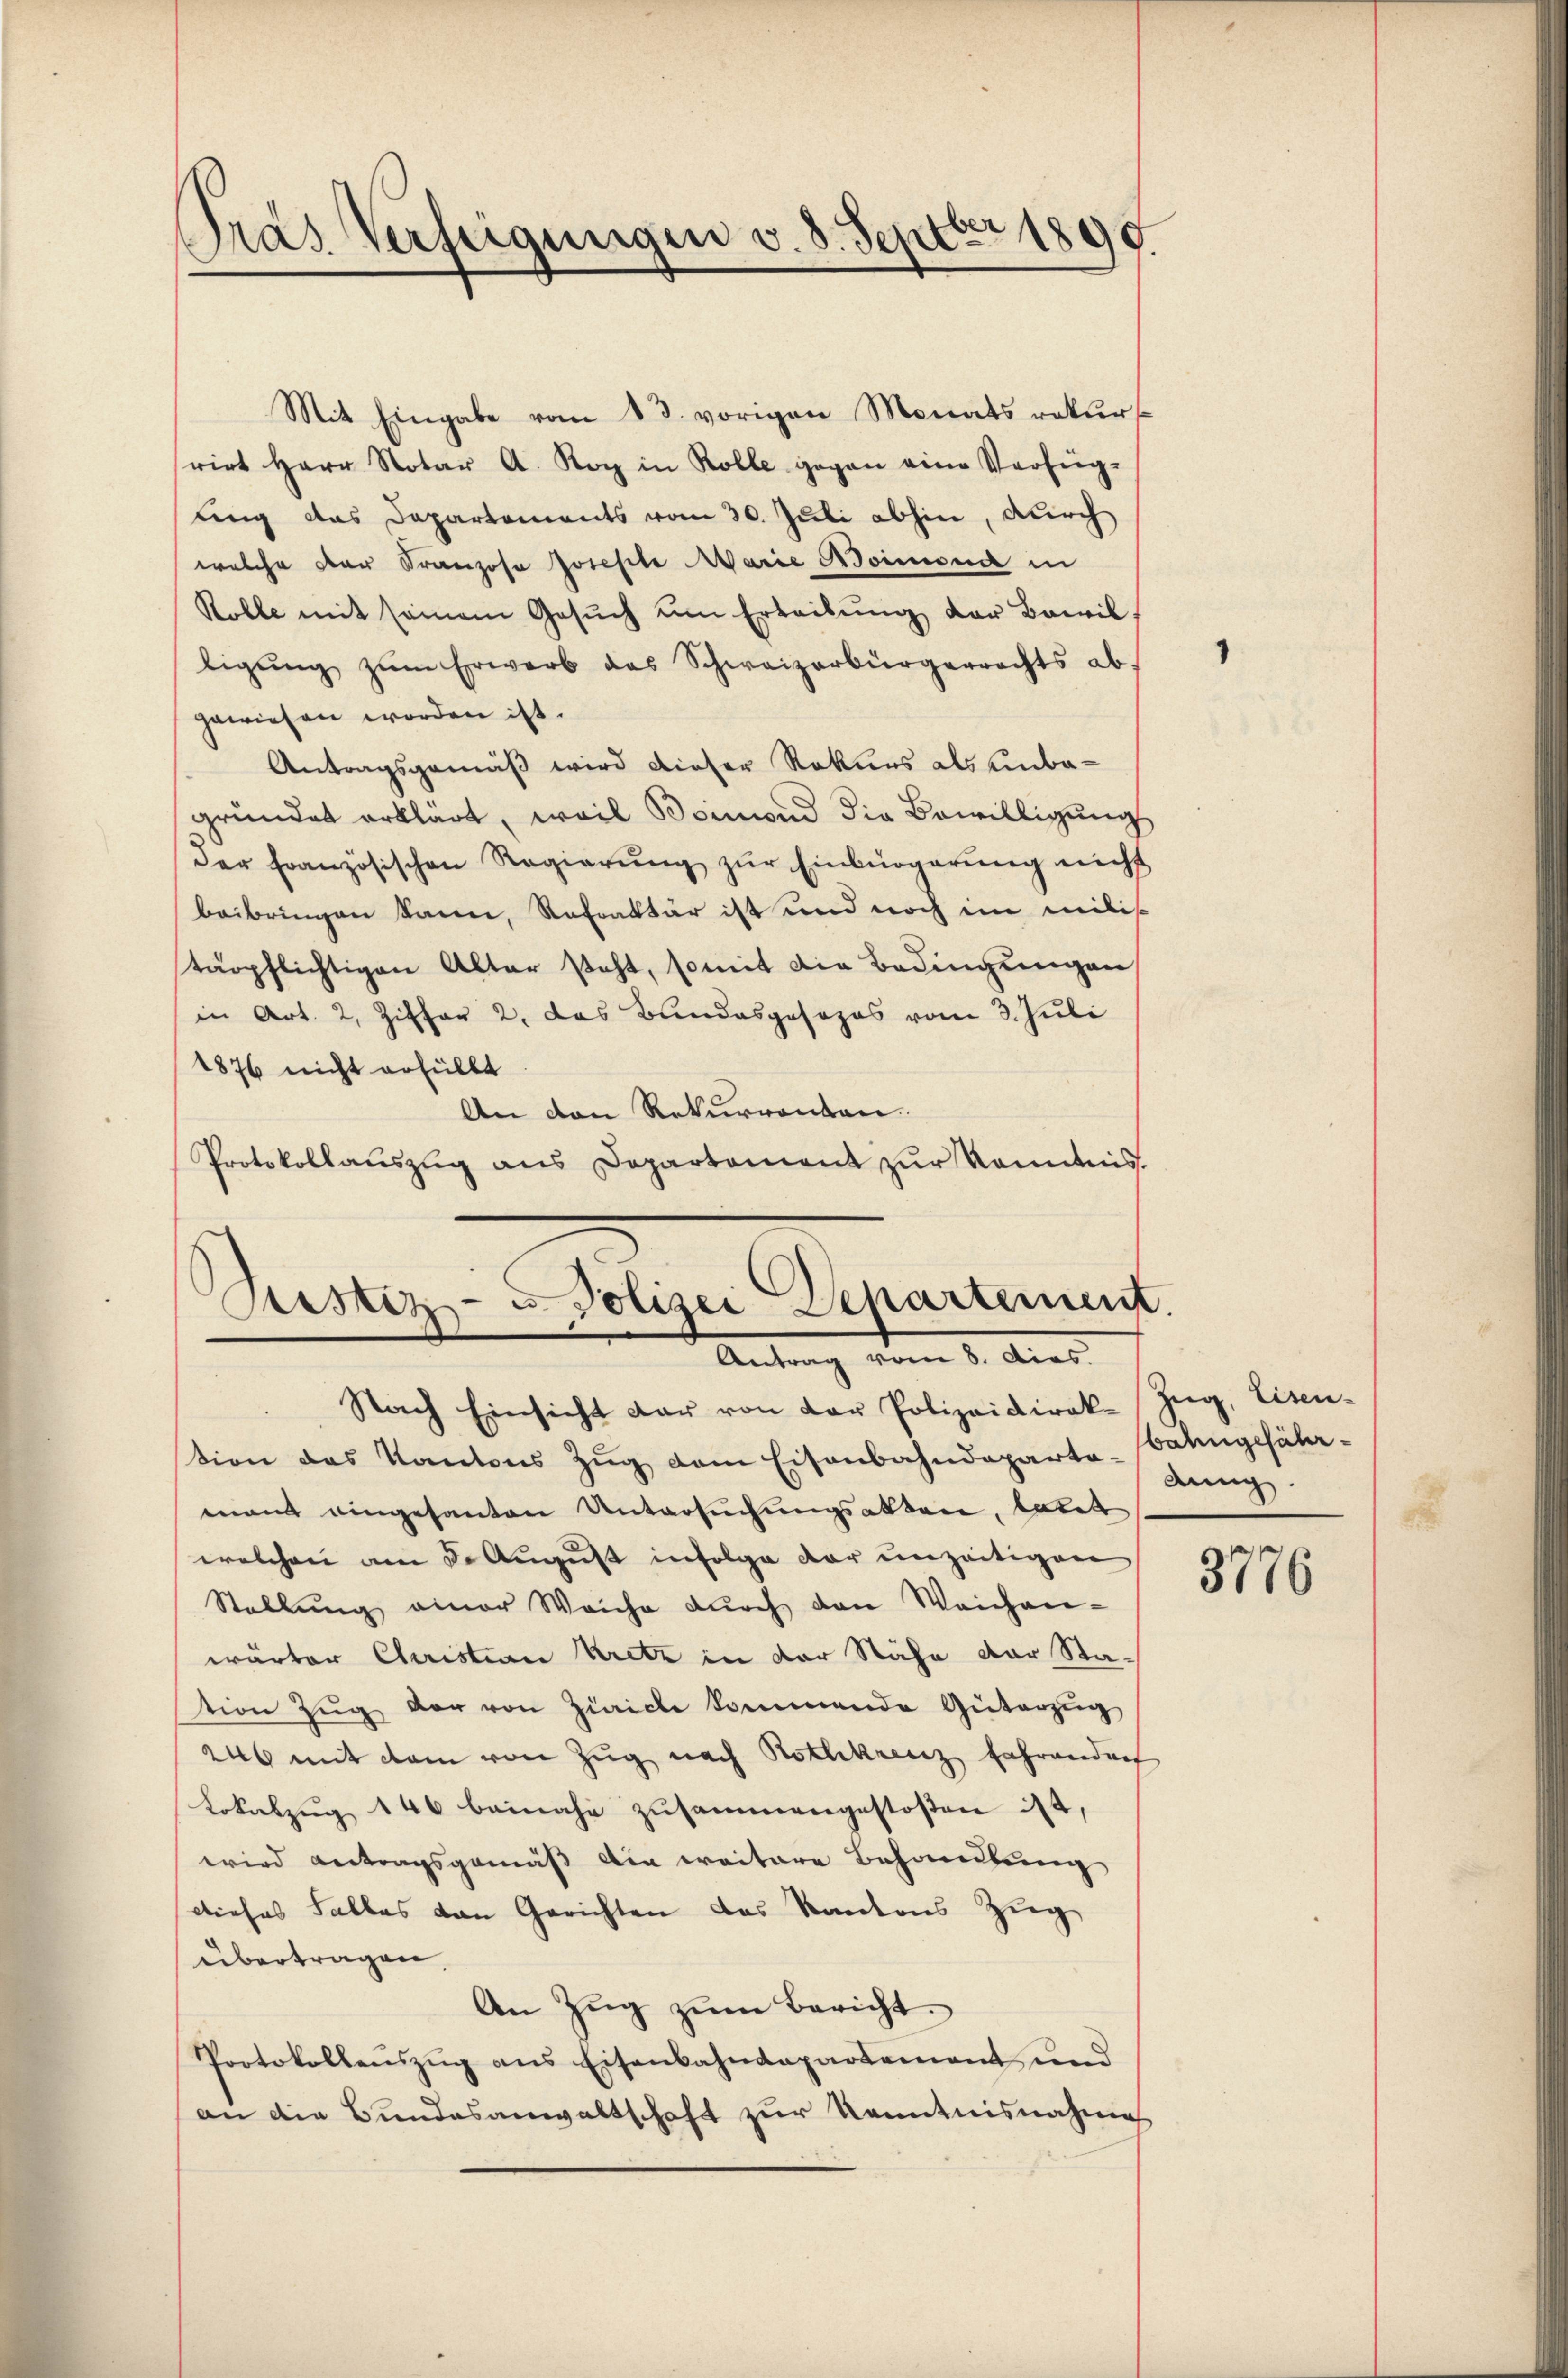
Dras Verfügungen v. 8. Septbr 1890.

Mit Eingabe vom 13. vorigen Monats rekurrirt Herr Notar A. Kopp in Kolle gegen eine Verfüg-
ling das Departements vom 30. Juli abhin, durch
welche der Franzosa Joseste Marie Boimona in
Rolle mit seinem Gesŭch ŭm Erteilŭng der Bewilligŭng zŭm Erwarb das Schweizerbürgerrechts ab
gewiesen worden ist.
Antragsgemäß wird dieser Rekurs als unbegründet erklärt, weil Beimond die Bewilligung
der Französischen Regierŭng zŭr Einbürgerung nicht
beibringen kann, Refraktär ist und noch im milis
tärpflichtigen Altar steht, somit die Bedingungen
in Art. 2, Ziffer 2. das Bundesgesezes vom 3. Juli
1876 nicht erfüllt
An den Rekurrenten
Protokollaŭszŭg ans Departement zŭr Kenntnis.

tion des Kantons Zŭg dem Eisenbahndeparta-Bahngefähr-
man eingesanten Untersuchungsakten, latet
welchen am 3. August infolge der unzeitigen
Stellŭng einer Weiche dŭrch den Weichen-
wärter Christian Kretz in der Nähe der Sta-
tion Zŭg der von Zürich kommende Güterzug
26 mit dem von Zug nach Rothkreuz fahrendorf
Lokalzug 146 beinahe zusammengestoßen ist,
wird antragsgemäß die weitere Behandlung
dieses Falles von Gerichten das Kantons Zug,
übertragen.
An Zŭg zŭm Bericht.
Portokollauszug aus Eisenbahndepartement, und
an die Bundesanwaltschaft zur Kenntnisnahme

Justiz- u Polizei Departement
Antrag vom 8. dies.
Nach Einsicht dar von der Polizeidirek-Zŭg, Eisen-

dung.

3776